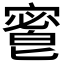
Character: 𡪆